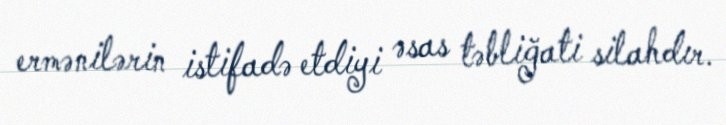
ermənilərin istifadə etdiyi əsas təbliğati silahdır.